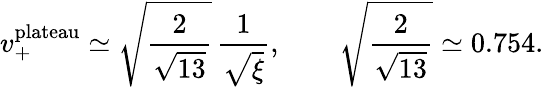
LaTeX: v_{+}^{\mathrm{plateau}}\simeq\sqrt{\frac{2}{\sqrt{13}}}\, \frac{1}{\sqrt{\xi}},\qquad\sqrt{\frac{2}{\sqrt{13}}}\simeq 0.754.